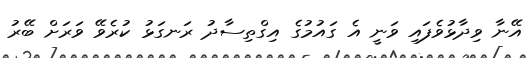
އޭނާ ވިދާޅުވެފައި ވަނީ އެ ގައުމުގެ އިގްތިސާދު ރަނގަޅު ކުރެވޭ ވަރަށް ބޭރު